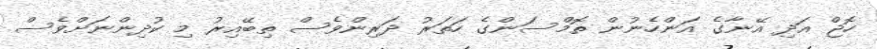
ހޮޖް އަދި އޭނާގެ އަންހެނުން ތޮމްސަންގެ ހަތަރު ދަރިންވެސް ތިބޭއިރު މި ކުދިންނަށްވެސް